Civil Veterinary Department. Central Provinces & Berar 1932-41 - 1932-1941
Year: 1932
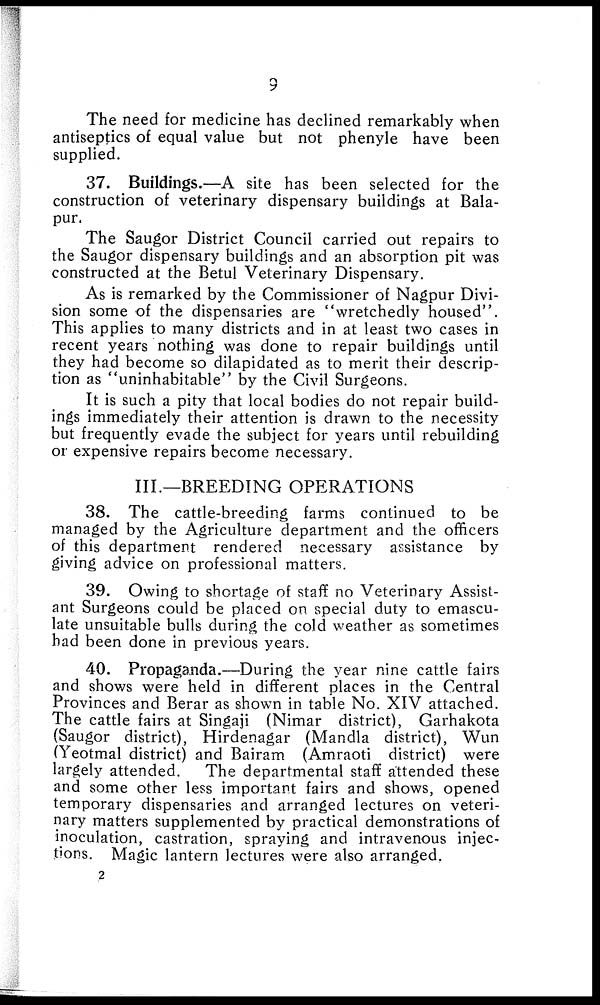
9
The need for medicine has declined remarkably when
antiseptics of equal value but not phenyle have been
supplied.
37. Buildings.—A site has been selected for the
construction of veterinary dispensary buildings at Bala-
pur.
The Saugor District Council carried out repairs to
the Saugor dispensary buildings and an absorption pit was
constructed at the Betul Veterinary Dispensary.
As is remarked by the Commissioner of Nagpur Divi-
sion some of the dispensaries are "wretchedly housed".
This applies to many districts and in at least two cases in
recent years nothing was done to repair buildings until
they had become so dilapidated as to merit their descrip-
tion as "uninhabitable" by the Civil Surgeons.
It is such a pity that local bodies do not repair build-
ings immediately their attention is drawn to the necessity
but frequently evade the subject for years until rebuilding
or expensive repairs become necessary.
III.—BREEDING OPERATIONS
38. The cattle-breeding farms continued to be
managed by the Agriculture department and the officers
of this department rendered necessary assistance by
giving advice on professional matters.
39. Owing to shortage of staff no Veterinary Assist-
ant Surgeons could be placed on special duty to emascu-
late unsuitable bulls during the cold weather as sometimes
had been done in previous years.
40. Propaganda.—During the year nine cattle fairs
and shows were held in different places in the Central
Provinces and Berar as shown in table No. XIV attached.
The cattle fairs at Singaji (Nimar district), Garhakota
(Saugor district), Hirdenagar (Mandla district), Wun
(Yeotmal district) and Bairam (Amraoti district) were
largely attended.
The departmental staff attended these
and some other less important fairs and shows, opened
temporary dispensaries and arranged lectures on veteri-
nary matters supplemented by practical demonstrations of
inoculation, castration, spraying and intravenous injec-
tions. Magic lantern lectures were also arranged.
2